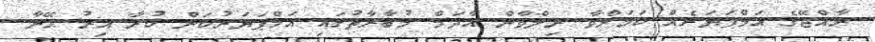
ރާއްޖޭގެ އަމްޕަޔަރެއް ކަމަށްވާ ރިލްވާން އާދަމް މުބާރާތުގައި އަމްޕަޔަރުކަން ކުރާ އިރު އޭނާ